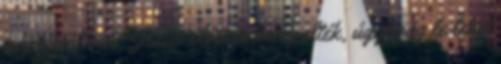
napistent már Jézus előtt is ünnepelték, úgyhogy le lehet